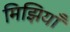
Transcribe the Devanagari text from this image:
मिझियाँ